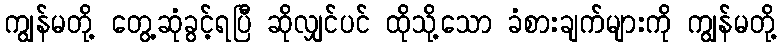
ကျွန်မတို့ တွေ့ဆုံခွင့်ရပြီ ဆိုလျှင်ပင် ထိုသို့သော ခံစားချက်များကို ကျွန်မတို့